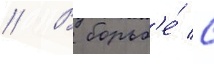
// В борьб'е́ с